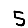
Digit: 5